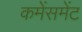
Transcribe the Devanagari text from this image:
कमेंसमेंट